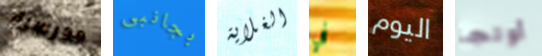
مدرسية بجانبى الغلاية في اليوم أولجا